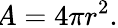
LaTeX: \! A=4\pi r^{2}.